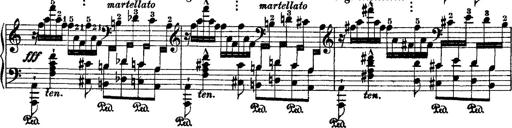
Title: 2 KonzertetÃ¼den
Composer: Franz Liszt